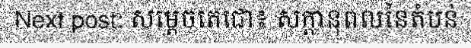
Next post: សម្តេចតេជោ៖ សក្តានុពលនៃតំបន់